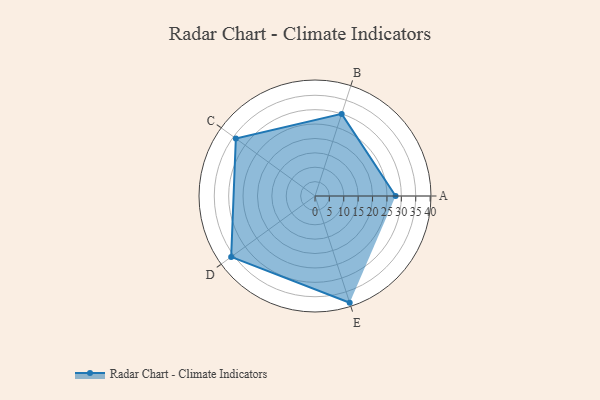
{"axis": {"x": "Skill", "y": "Score"}, "legend": ["Profile"], "data": [{"x": "A", "y": 28.0, "type": "Profile"}, {"x": "B", "y": 30.0, "type": "Profile"}, {"x": "C", "y": 34.0, "type": "Profile"}, {"x": "D", "y": 36.0, "type": "Profile"}, {"x": "E", "y": 39.0, "type": "Profile"}]}